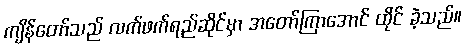
ကျိန်တော်သည် လက်ဖက်ရည်ဆိုင်မှာ အတော်ကြာအောင် ထိုင် ခဲ့သည်။